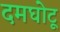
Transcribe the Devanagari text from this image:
दमघोटू